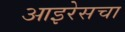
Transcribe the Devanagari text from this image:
आइरेसचा